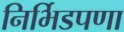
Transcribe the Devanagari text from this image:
निर्भिडपणा